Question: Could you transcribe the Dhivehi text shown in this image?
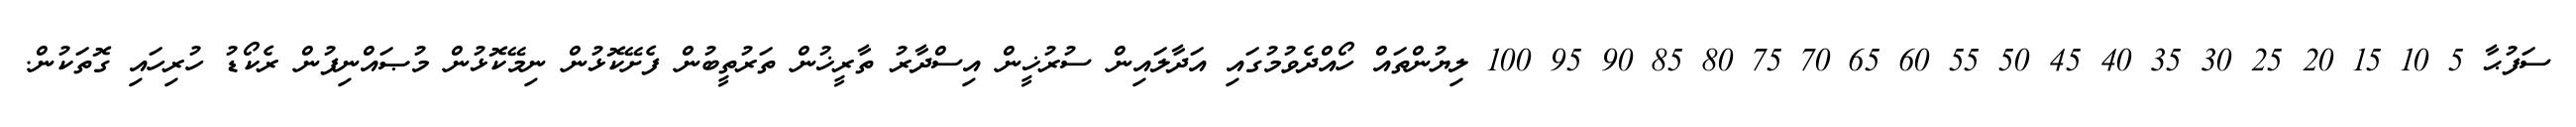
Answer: ސަފުޙާ 5 10 15 20 25 30 35 40 45 50 55 60 65 70 75 80 85 90 95 100 ލިޔުންތައް ހޯއްދެވުމުގައި އަދާލައިން ސުރުޚީން އިސްދާރު ތާރީޚުން ތަރުތީބުން ފެށޭކޮޅުން ނިމޭކޮޅުން މުޞައްނިފުން ރެކޯޑު ހުރިހައި ގޮތަކުން.